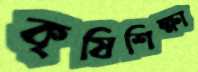
কৃষিশিক্ষা